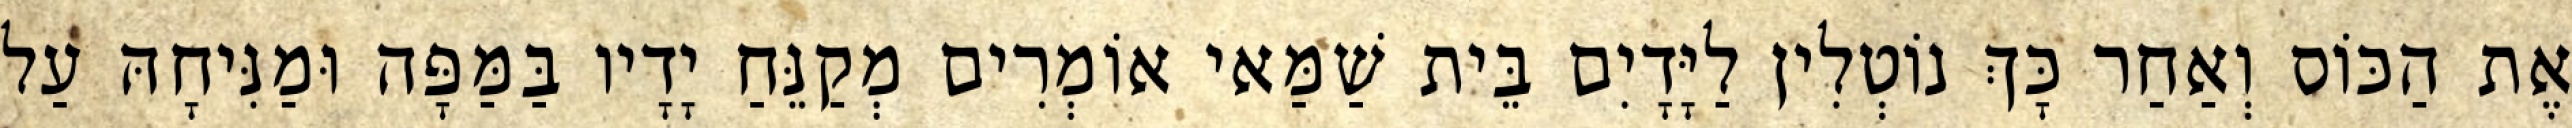
אֶת הַכּוֹס וְאַחַר כָּךְ נוֹטְלִין לַיָּדָיִם בֵּית שַׁמַּאי אוֹמְרִים מְקַנֵּחַ יָדָיו בַּמַּפָּה וּמַנִּיחָהּ עַל